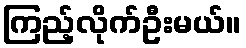
ကြည့်လိုက်ဦးမယ်။